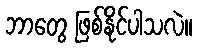
ဘာတွေ ဖြစ်နိုင်ပါသလဲ။